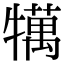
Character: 𤛶